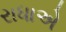
રાધાએ